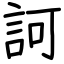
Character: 訶